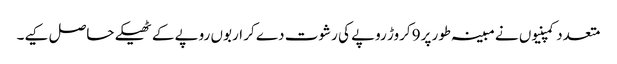
متعدد کمپنیوں نے مبینہ طور پر9 کروڑ روپے کی رشوت دے کر اربوں روپے کے ٹھیکے حاصل کیے۔